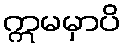
ဣမမှာပိ